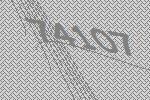
74107